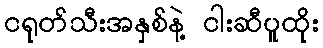
ငရုတ်သီးအနှစ်နဲ့ ငါးဆီပူထိုး